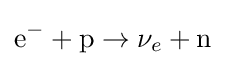
\mathrm {e} ^{-}+\mathrm {p} \rightarrow \nu _{e}+\mathrm {n}